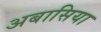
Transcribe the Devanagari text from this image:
अबासिया